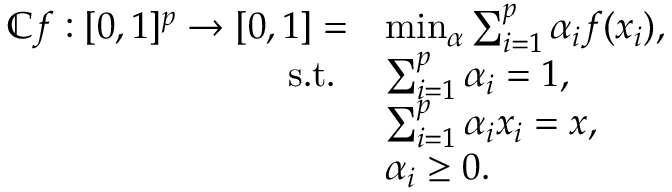
\begin{array} { r l } { \mathbb { C } f : [ 0 , 1 ] ^ { p } \rightarrow [ 0 , 1 ] = } & { \operatorname* { m i n } _ { \alpha } \sum _ { i = 1 } ^ { p } \alpha _ { i } f ( x _ { i } ) , } \\ { \mathrm { s . t . ~ } } & { \sum _ { i = 1 } ^ { p } \alpha _ { i } = 1 , } \\ & { \sum _ { i = 1 } ^ { p } \alpha _ { i } x _ { i } = x , } \\ & { \alpha _ { i } \geq 0 . } \end{array}